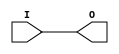
module IBUFG_LVDCI_DV2_18 (O, I);

    output O;

    input  I;

	buf B1 (O, I);


endmodule